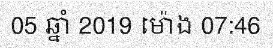
05 ឆ្នាំ 2019 ម៉ោង 07:46